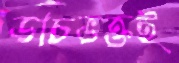
ডাচভক্তই